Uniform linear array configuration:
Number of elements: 64
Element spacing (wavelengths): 0.25
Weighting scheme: kaiser
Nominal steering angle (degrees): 60
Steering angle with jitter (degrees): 60.018
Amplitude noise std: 0.05
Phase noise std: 0.05

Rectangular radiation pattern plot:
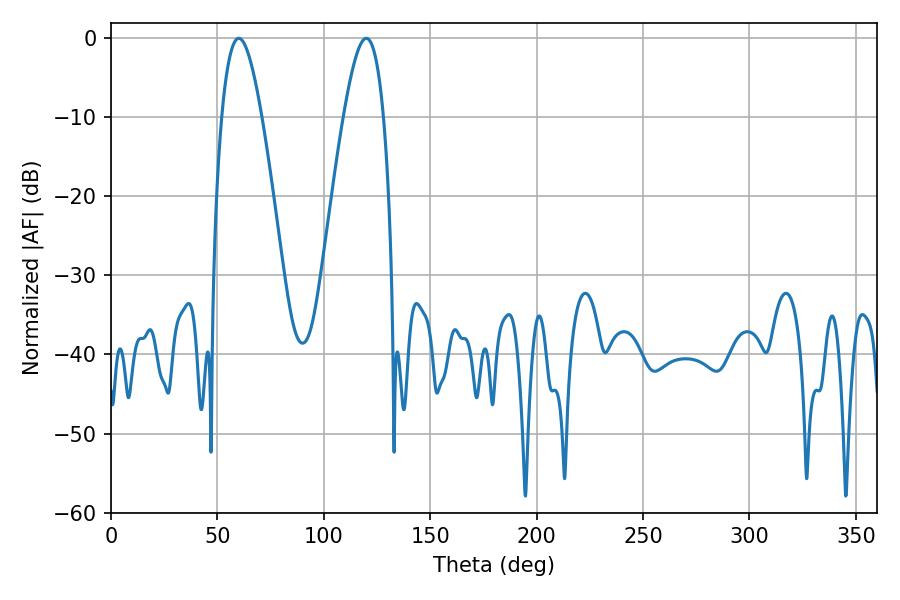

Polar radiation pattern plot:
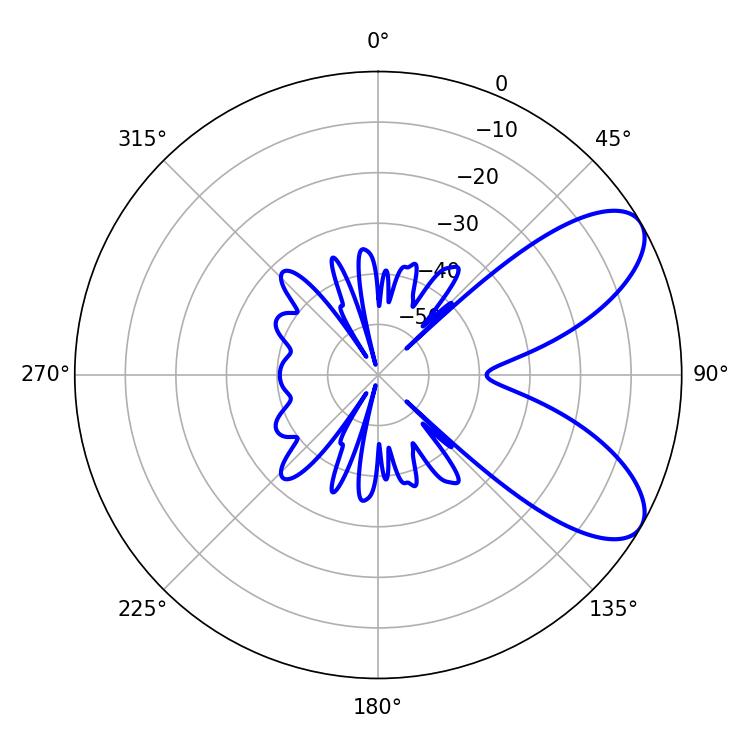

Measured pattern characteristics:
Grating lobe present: FALSE
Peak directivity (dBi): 7.743
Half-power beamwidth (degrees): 10.08
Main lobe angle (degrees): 60.12